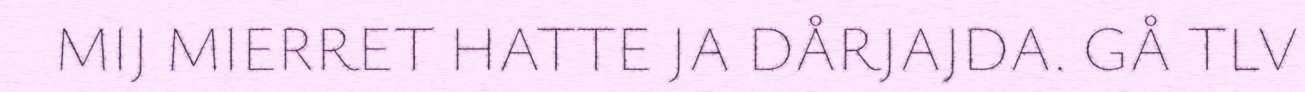
MIJ MIERRET HATTE JA DÅRJAJDA. GÅ TLV